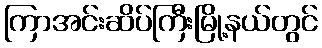
ကြာအင်းဆိပ်ကြီးမြို့နယ်တွင်